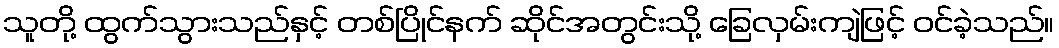
သူတို့ ထွက်သွားသည်နှင့် တစ်ပြိုင်နက် ဆိုင်အတွင်းသို့ ခြေလှမ်းကျဲဖြင့် ဝင်ခဲ့သည်။